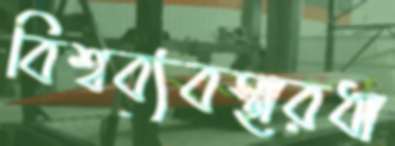
বিশ্বব্যবস্থারধা